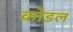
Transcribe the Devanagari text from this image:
कोडल